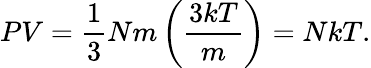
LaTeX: PV={\frac{1}{3}}Nm\left({\frac{3kT}{m}}\right)=NkT.